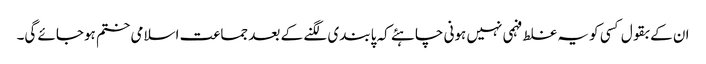
ان کے بقول کسی کو یہ غلط فہمی نہیں ہونی چاہئے کہ پابندی لگنے کے بعد جماعت اسلامی ختم ہوجائے گی۔